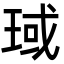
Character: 琙